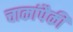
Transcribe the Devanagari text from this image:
चाकांपैकी